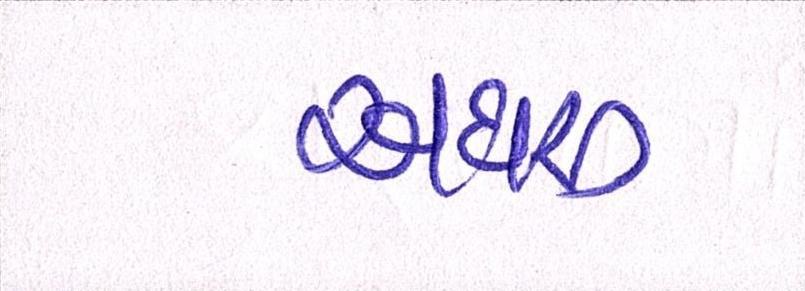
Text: અઘરું